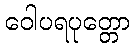
ဝေါပရပုတ္တော